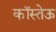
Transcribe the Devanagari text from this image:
कॉस्तेऊ